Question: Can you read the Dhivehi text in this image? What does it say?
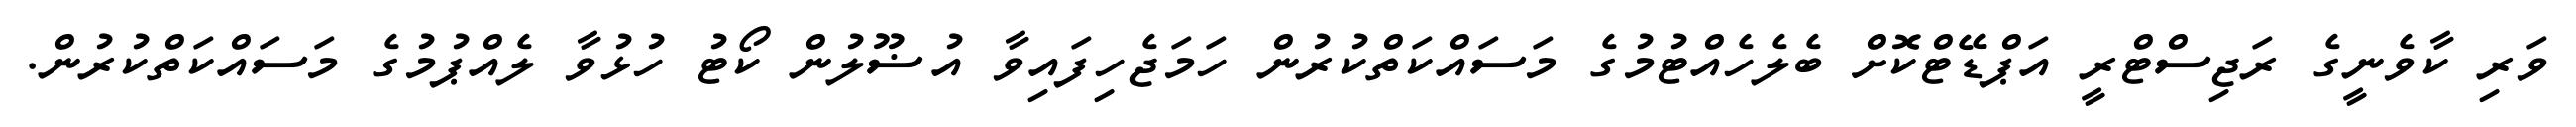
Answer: ވަރި ކާވެނީގެ ރަޖިސްޓްރީ އަޕްޑޭޓްކޮށް ބެލެހެއްޓުމުގެ މަސައްކަތްކުރުން ހަމަޖެހިފައިވާ އުޟޫލުން ކޯޓު ހުޅުވާ ލެއްޕުމުގެ މަސައްކަތްކުރުން.